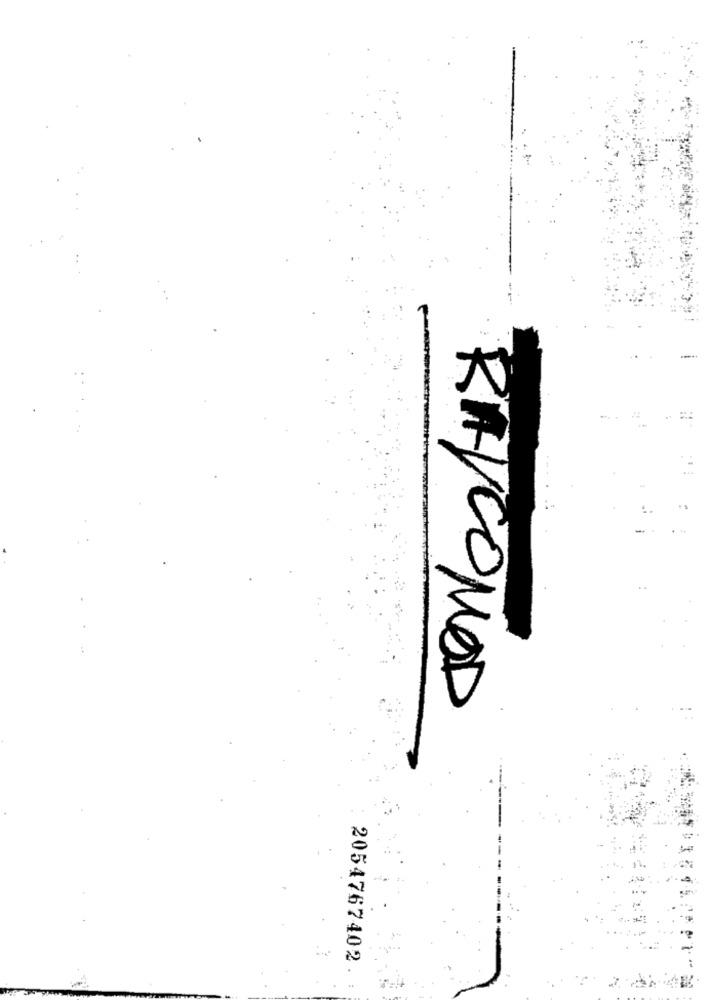
RAYCOMOD
2054767402